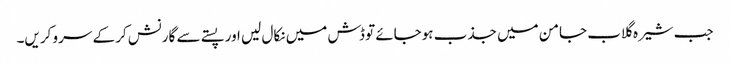
جب شیرہ گلاب جامن میں جذب ہوجائے تو ڈش میں نکال لیں اور پستے سے گارنش کر کے سرو کریں۔